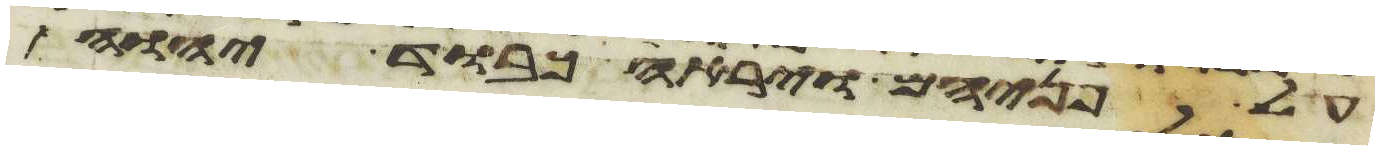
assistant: על פניהם וירא כבוד יהוה